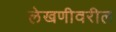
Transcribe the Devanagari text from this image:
लेखणीवरील